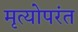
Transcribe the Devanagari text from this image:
मृत्योपरंत